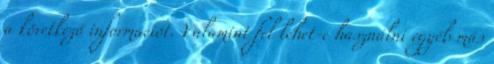
a következő információt. Valamint fel lehet-e használni egyéb más